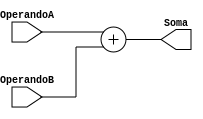
module Adder(Soma, OperandoA, OperandoB);

	input [15:0] OperandoA, OperandoB;
	output [15:0] Soma;

	assign Soma = OperandoA + OperandoB;

endmodule